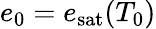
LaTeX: e_{0}=e_{\mathrm{sat}}(T_{0})